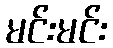
မင်းမင်း